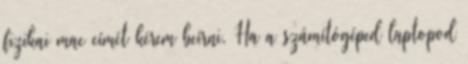
fizikai mac címét kérem beírni. Ha a számítógéped laptopod